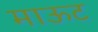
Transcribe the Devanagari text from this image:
माऊट